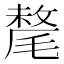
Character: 氂